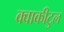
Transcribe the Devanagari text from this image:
क्वाकीटुल